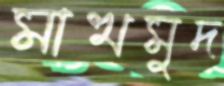
মাখমুদ